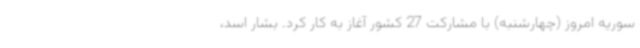
سوریه امروز (چهارشنبه) با مشارکت 27 کشور آغاز به کار کرد. بشار اسد،